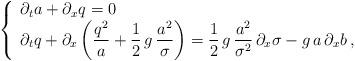
LaTeX: \begin{align*} \left\{ \begin{array}{l} \partial_t a + \partial_x q = 0 \\ \partial_t q + \partial_x \left( \dfrac{q^2}{a} + \dfrac12 \, g \, \dfrac{a^2}\sigma\right) = \dfrac12 \, g\, \dfrac{a^2}{\sigma^2} \, \partial_x \sigma - g \, a \, \partial_x b \,, \end{array} \right.\end{align*}